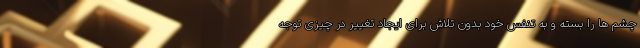
چشم ها را بسته و به تنفس خود بدون تلاش برای ایجاد تغییر در چیزی توجه